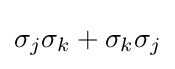
\sigma _{j}\sigma _{k}+\sigma _{k}\sigma _{j}